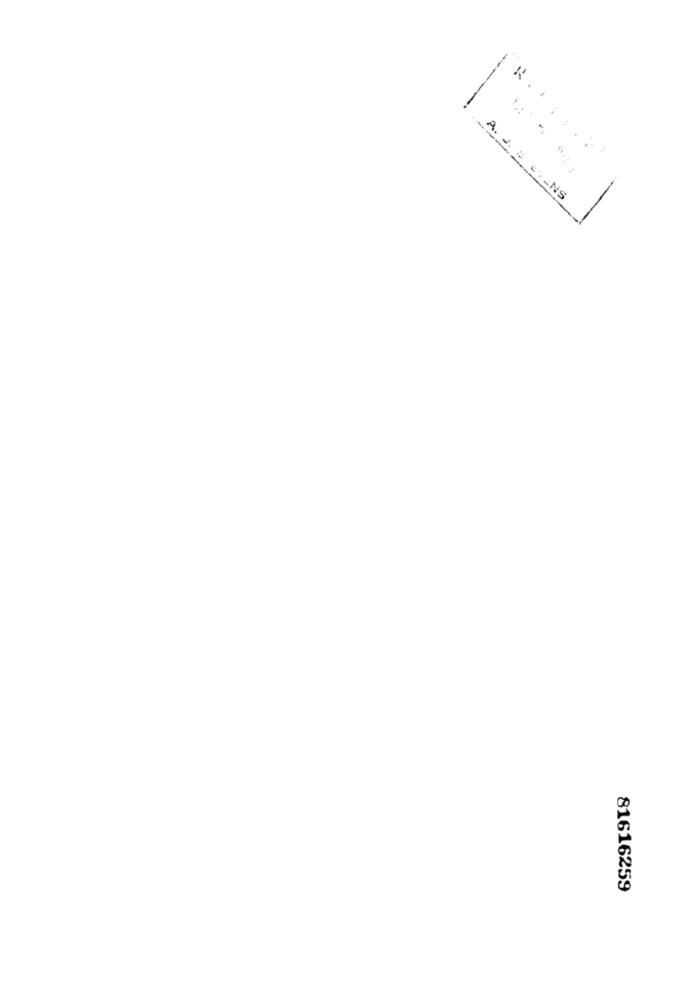
----
A. J. 2 CLANS
81616259